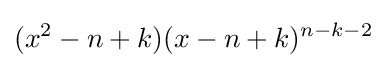
(x^{2}-n+k)(x-n+k)^{n-k-2}